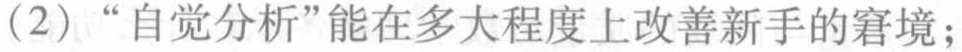
（2）“自觉分析”能在多大程度上改善新手的窘境；